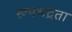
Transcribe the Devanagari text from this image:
रूपभद्रता